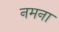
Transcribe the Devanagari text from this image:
नमना